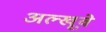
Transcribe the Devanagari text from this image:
अल्खूवे